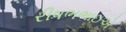
રીષભભાઇએ